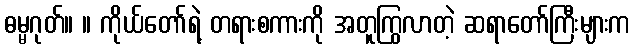
ဓမ္မဂုတ်။ ။ ကိုယ်တော်ရဲ့ တရားစကားကို အတူကြွလာတဲ့ ဆရာတော်ကြီးများက